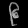
Digit: ၉